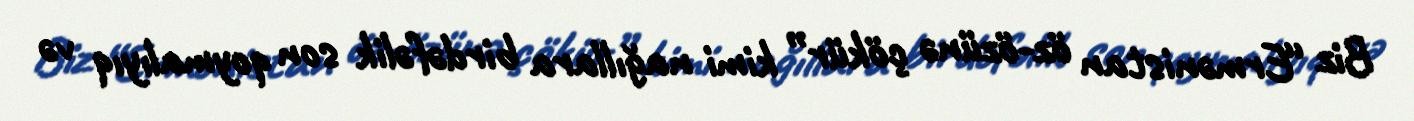
Biz “Ermənistan öz-özünə çökür” kimi nağıllara birdəfəlik son qoymalıyıq və